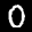
Label: 0